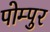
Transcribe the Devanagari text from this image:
पोम्पुर